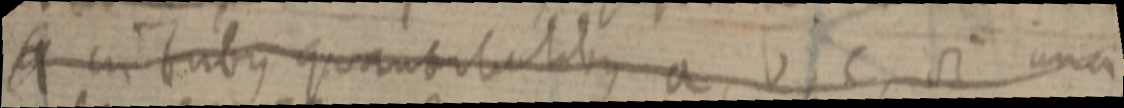
4 cui tribus quanbitalibus a, b, c si una